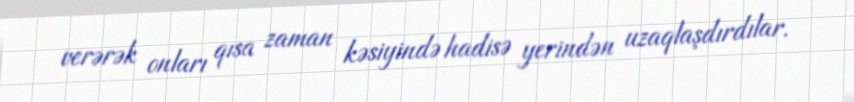
verərək onları qısa zaman kəsiyində hadisə yerindən uzaqlaşdırdılar.